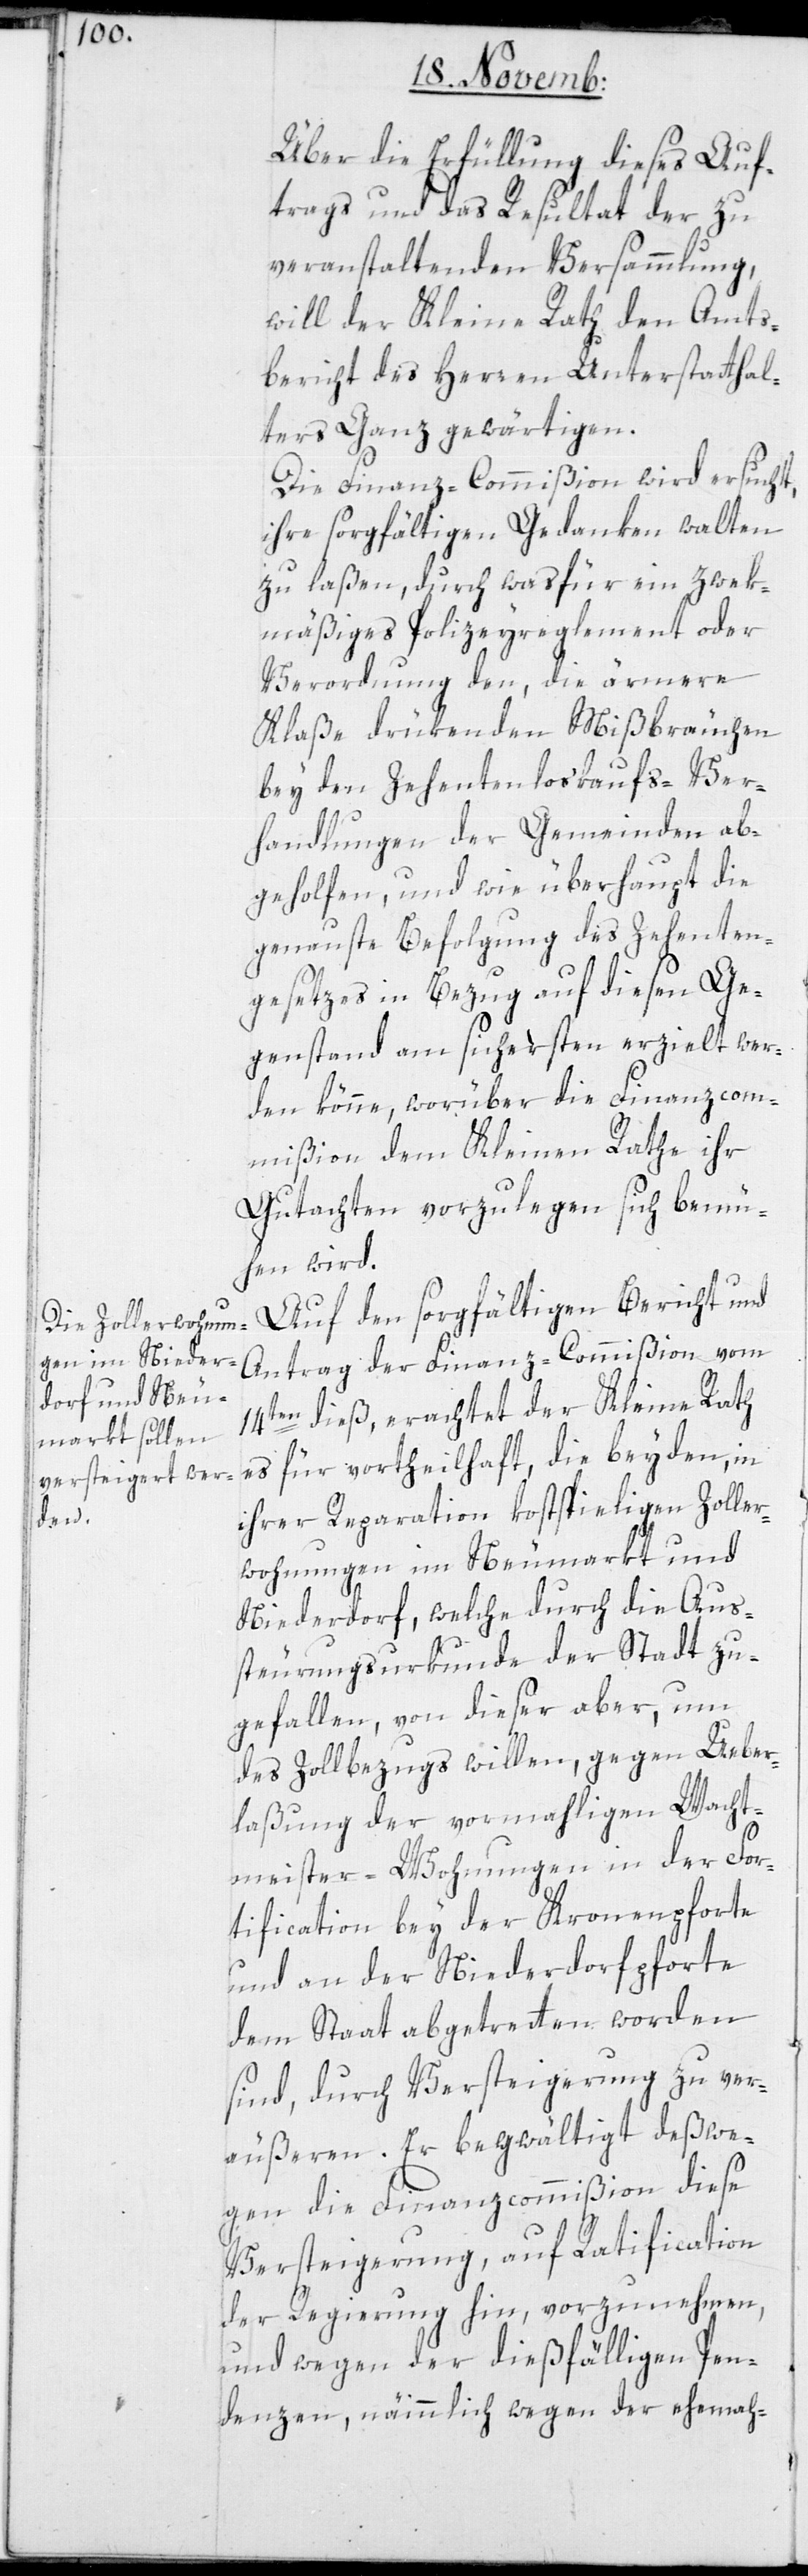
Über die Erfüllung dieses Auf¬
trags und das Resultat der zu
veranstaltenden Versammlung,
will der Kleine Rath den Amts¬
bericht des Herren Unterstatthal¬
ters Ganz gewärtigen.
Die Finanz-Commißion wird ersucht,
ihre sorgfältigen Gedanken walten
zu laßen, durch was für ein zwek¬
mäßiges Polizeyreglement oder
Verordnung den, die ärmere
Klaße drükenden Mißbräuchen
bey den Zehentenloskaufs-Ver¬
handlungen der Gemeinden ab¬
geholfen, und wie überhaupt die
genaueste Befolgung des Zehenten¬
gesetzes in Bezug auf diesen Ge¬
genstand am sichersten erzielt wer¬
den könne, worüber die Finanzcom¬
mißion dem Kleinen Rathe ihr
Gutachten vorzulegen sich bemü¬
hen wird.
Auf den sorgfältigen Bericht und
Antrag der Finanz-Commißion vom
14ten dieß, erachtet der Kleine Rath
es für vortheilhaft, die beyden, in
ihrer Reparation kostspieligen Zoller¬
wohungen im Neumarkt und
Niederdorf, welche durch die Auß¬
teurungsurkunde der Stadt zu¬
gefallen, von dieser aber, um
des Zollbezugs willen, gegen Ueber¬
laßung der vormahligen Wacht¬
meister-Wohnungen in der For¬
tification bey der Kronenpforte
und an der Niederdorfpforte
dem Staat abgetreten worden
sind, durch Versteigerung zu ver¬
äußeren. Er begwältigt deßwe¬
gen die Finanz-Commißion diese
Versteigerung, auf Ratification
der Regierung hin, vorzunehmen,
und wegen der dießfälligen Pen¬
denzen, nämmlich wegen der ehemah-